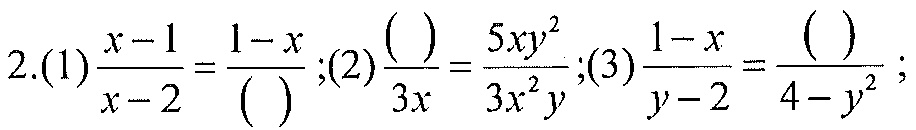
2.(1)\(\frac{x - 1}{x - 2}=\frac{1 - x}{(\space)}\);(2)\(\frac{(\space)}{3x}=\frac{5xy^{2}}{3x^{2}y}\);(3)\(\frac{1 - x}{y - 2}=\frac{(\space)}{4 - y^{2}}\);